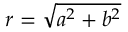
r = { \sqrt { a ^ { 2 } + b ^ { 2 } } }